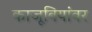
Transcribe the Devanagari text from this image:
काजूबियांवर